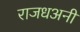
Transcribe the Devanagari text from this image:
राजधअनी